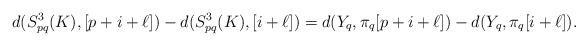
\begin{align*}d(S^3_{pq}(K),[p+i+\ell])-d(S^3_{pq}(K),[i+\ell])=d(Y_q,\pi_q[p+i+\ell])-d(Y_q,\pi_q[i+\ell]).\end{align*}